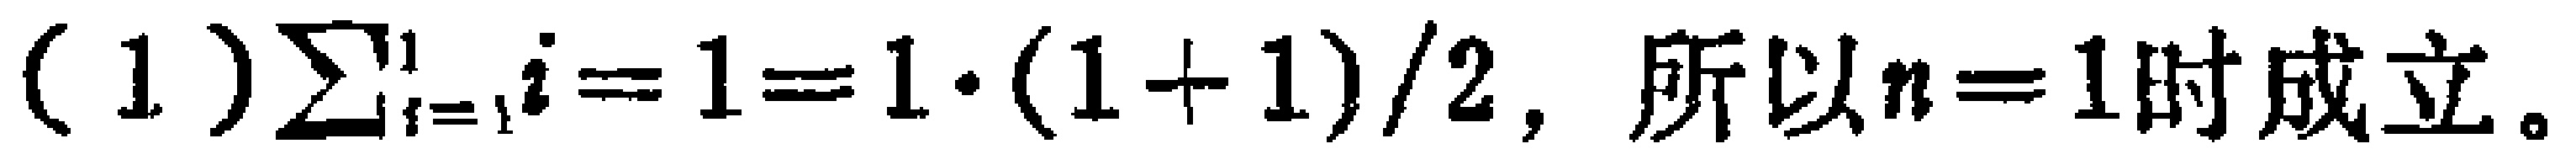
(1) $\sum_{i = 1}^{1}i = 1=1\cdot(1 + 1)/2$, 所以$n = 1$时成立。